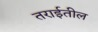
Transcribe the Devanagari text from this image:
तराईतील